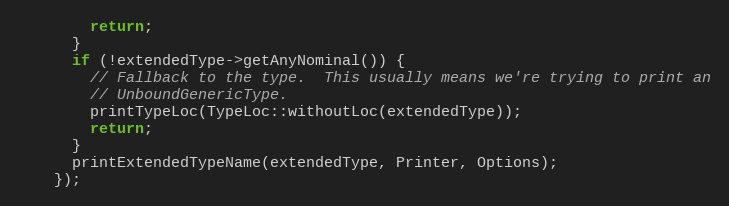
Language: C++
        return;
      }
      if (!extendedType->getAnyNominal()) {
        // Fallback to the type.  This usually means we're trying to print an
        // UnboundGenericType.
        printTypeLoc(TypeLoc::withoutLoc(extendedType));
        return;
      }
      printExtendedTypeName(extendedType, Printer, Options);
    });